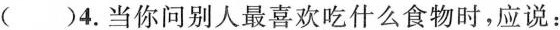
( )4.当你问别人最喜欢吃什么食物时,应说: